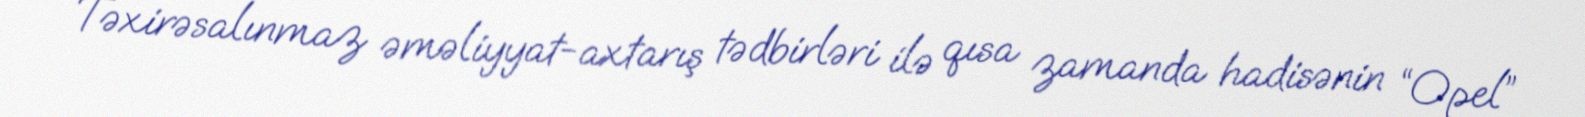
Təxirəsalınmaz əməliyyat-axtarış tədbirləri ilə qısa zamanda hadisənin “Opel”